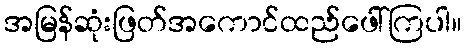
အမြန်ဆုံးဖြတ်အကောင်ထည်ဖေါ်ကြပါ။